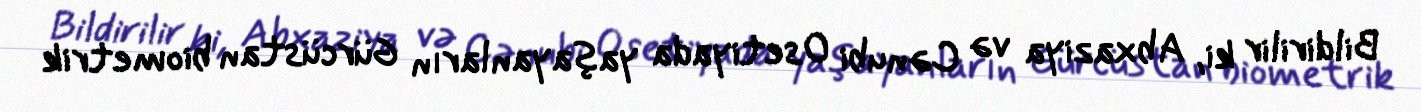
Bildirilir ki, Abxaziya və Cənubi Osetiyada yaşayanların Gürcüstan biometrik